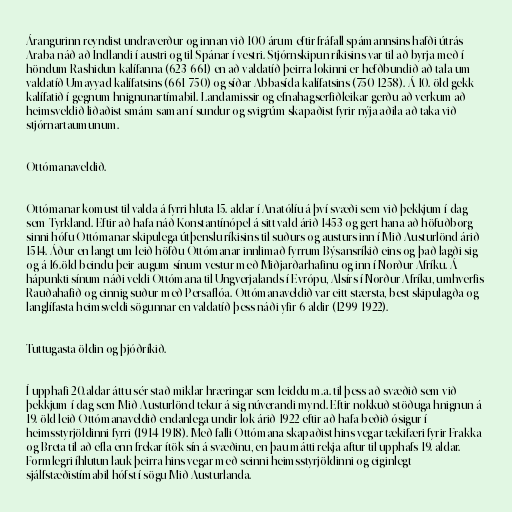
Árangurinn reyndist undraverður og innan við 100 árum eftir fráfall spámannsins hafði útrás
Araba náð að Indlandi í austri og til Spánar í vestri. Stjórnskipun ríkisins var til að byrja með í
höndum Rashidun-kalífanna (623-661) en að valdatíð þeirra lokinni er hefðbundið að tala um
valdatíð Umayyad-kalífatsins (661-750) og síðar Abbasída-kalífatsins (750-1258). Á 10. öld gekk
kalífatið í gegnum hnignunartímabil. Landamissir og efnahagserfiðleikar gerðu að verkum að
heimsveldið liðaðist smám saman í sundur og svigrúm skapaðist fyrir nýja aðila að taka við
stjórnartaumunum.

Ottómanaveldið.

Ottómanar komust til valda á fyrri hluta 15. aldar í Anatólíu á því svæði sem við þekkjum í dag
sem Tyrkland. Eftir að hafa náð Konstantínópel á sitt vald árið 1453 og gert hana að höfuðborg
sinni hófu Ottómanar skipulega útþenslu ríkisins til suðurs og austurs inn í Mið-Austurlönd árið
1514. Áður en langt um leið höfðu Ottómanar innlimað fyrrum Býsansríkið eins og það lagði sig
og á 16.öld beindu þeir augum sínum vestur með Miðjarðarhafinu og inn í Norður-Afríku. Á
hápunkti sínum náði veldi Ottómana til Ungverjalands í Evrópu, Alsírs í Norður-Afríku, umhverfis
Rauðahafið og einnig suður með Persaflóa. Ottómanaveldið var eitt stærsta, best skipulagða og
langlífasta heimsveldi sögunnar en valdatíð þess náði yfir 6 aldir (1299-1922).

Tuttugasta öldin og þjóðríkið.

Í upphafi 20.aldar áttu sér stað miklar hræringar sem leiddu m.a. til þess að svæðið sem við
þekkjum í dag sem Mið-Austurlönd tekur á sig núverandi mynd. Eftir nokkuð stöðuga hnignun á
19. öld leið Ottómanaveldið endanlega undir lok árið 1922 eftir að hafa beðið ósigur í
heimsstyrjöldinni fyrri (1914-1918). Með falli Ottómana skapaðist hins vegar tækifæri fyrir Frakka
og Breta til að efla enn frekar ítök sín á svæðinu, en þau mátti rekja aftur til upphafs 19. aldar.
Formlegri íhlutun lauk þeirra hins vegar með seinni heimsstyrjöldinni og eiginlegt
sjálfstæðistímabil hófst í sögu Mið-Austurlanda.